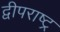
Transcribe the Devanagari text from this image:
द्वीपराष्ट्र